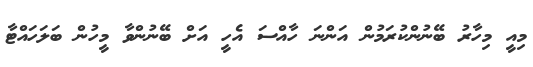
މިއީ މިހާރު ބޭނުންކުރަމުން އަންނަ ހާއްސަ އެހީ އަށް ބޭނުންވާ މީހުން ބަލަހައްޓާ